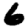
Digit: 6